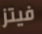
فيتز